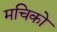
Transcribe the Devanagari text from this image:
मचिको